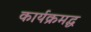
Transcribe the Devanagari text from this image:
कार्यक्रमद्ध